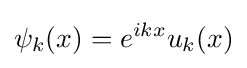
\psi _{k}(x)=e^{ikx}u_{k}(x)